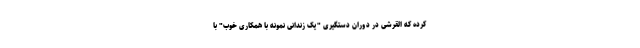
کرده که القرشی در دوران دستگیری "یک زندانی نمونه با همکاری خوب" با